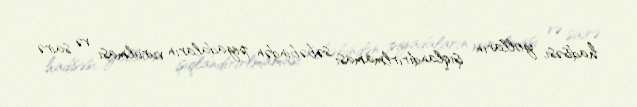
hadisəsi, yolların işıqlandırırlmaması səbəbindən piyadaların vurulması və sairə